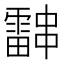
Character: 𮦰